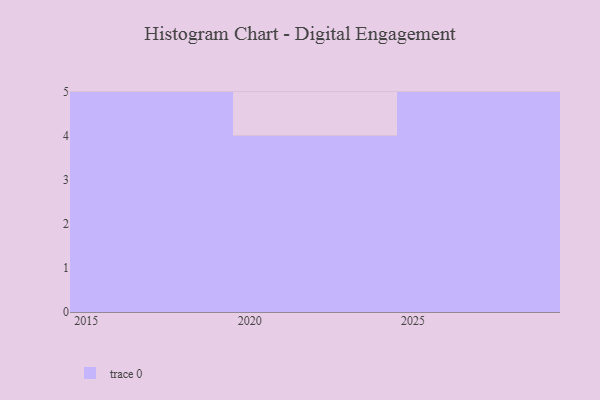
{"axis": {"x": "Year", "y": "Production Output"}, "legend": [""], "data": [{"x": "2023", "y": 94, "type": ""}, {"x": "2015", "y": 19, "type": ""}, {"x": "2029", "y": 86, "type": ""}, {"x": "2017", "y": 17, "type": ""}, {"x": "2019", "y": 40, "type": ""}, {"x": "2026", "y": 18, "type": ""}, {"x": "2027", "y": 62, "type": ""}, {"x": "2021", "y": 13, "type": ""}, {"x": "2018", "y": 83, "type": ""}, {"x": "2028", "y": 95, "type": ""}, {"x": "2020", "y": 52, "type": ""}, {"x": "2016", "y": 58, "type": ""}, {"x": "2024", "y": 9, "type": ""}, {"x": "2025", "y": 87, "type": ""}]}